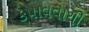
કપાવવાથી